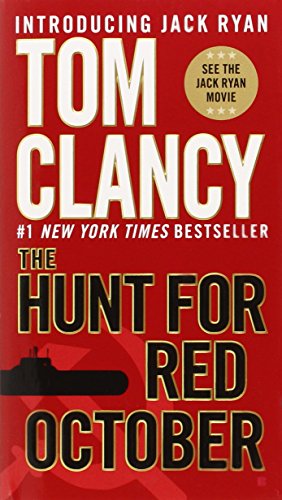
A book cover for The Hunt for Red October (A Jack Ryan Novel); Tom Clancy; Mystery, Thriller & Suspense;